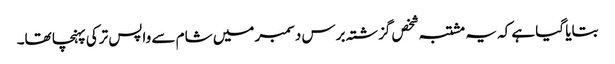
بتایا گیا ہے کہ یہ مشتبہ شخص گزشتہ برس دسمبر میں شام سے واپس ترکی پہنچا تھا۔